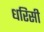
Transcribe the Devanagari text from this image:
धरिसी